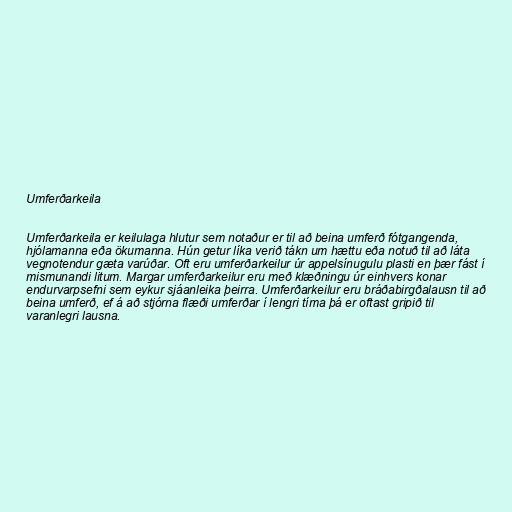
Umferðarkeila

Umferðarkeila er keilulaga hlutur sem notaður er til að beina umferð fótgangenda,
hjólamanna eða ökumanna. Hún getur líka verið tákn um hættu eða notuð til að láta
vegnotendur gæta varúðar. Oft eru umferðarkeilur úr appelsínugulu plasti en þær fást í
mismunandi litum. Margar umferðarkeilur eru með klæðningu úr einhvers konar
endurvarpsefni sem eykur sjáanleika þeirra. Umferðarkeilur eru bráðabirgðalausn til að
beina umferð, ef á að stjórna flæði umferðar í lengri tíma þá er oftast gripið til
varanlegri lausna.